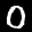
Label: 0